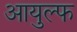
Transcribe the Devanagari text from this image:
आयुल्फ